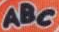
ABC